Annual administration report of the Civil Veterinary Department of India - 1895-1896
Year: 1895
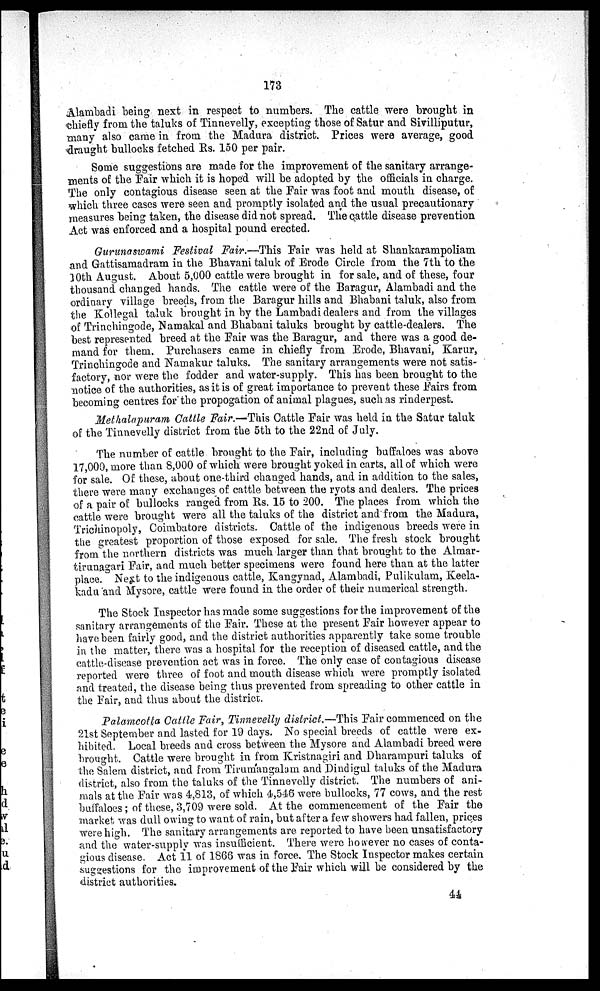
173
Alambadi being next in respect to numbers. The cattle were brought in
chiefly from the taluks of Tinnevelly, excepting those of Satur and Sivilliputur,
many also came in from the Madura district. Prices were average, good
draught bullocks fetched Rs. 150 per pair.
Some suggestions are made for the improvement of the sanitary arrange-
ments of the Fair which it is hoped will be adopted by the officials in charge.
The only contagious disease seen at the Fair was foot and mouth disease, of
which three cases were seen and promptly isolated and the usual precautionary
measures being taken, the disease did not spread. The cattle disease prevention
Act was enforced and a hospital pound erected.
Gurunaswami Festival Fair.—This Pair was held at Shankarampoliam
and Gattisamadram in the Bhavani taluk of Erode Circle from the 7th to the
30th August. About 5,000 cattle were brought in for sale, and of these, four
thousand changed hands. The cattle were of the Baragur, Alambadi and the
ordinary village breeds, from the Baragur hills and Bhabani taluk, also from
the Kollegal taluk brought in by the Lambadi dealers and from the villages
of Trinchingode, Namakal and Bhabani taluks brought by cattle-dealers. The
best represented breed at the Pair was the Baragur, and there was a good de-
mand for them. Purchasers came in chiefly from Erode, Bhavani, Karur,
Trinchingode and Namakur taluks. The sanitary arrangements were not satis-
factory, nor were the fodder and water-supply. This has been brought to the
notice of the authorities, as it is of great importance to prevent these Pairs from
becoming centres for the propogation of animal plagues, such as rinderpest.
Methalapuram Cattle Fair.—This Cattle Pair was held in the Satur taluk
of the Tinnevelly district from the 5th to the 22nd of July.
The number of cattle brought to the Pair, including buffaloes was above
17,000, more than 8,000 of which were brought yoked in carts, all of which were
for sale. Of these, about one-third changed hands, and in addition to the sales,
there were many exchanges of cattle between the ryots and dealers. The prices
of a pair of bullocks ranged from Rs. 15 to 200. The places from which the
cattle were brought were all the taluks of the district and from the Madura,
Trichinopoly, Coimbatore districts. Cattle of the indigenous breeds were in
the greatest proportion of those exposed for sale. The fresh stock brought
from the northern districts was much larger than that brought to the Almar-
tirunagari Pair, and much better specimens were found here than at the latter
place. Next to the indigenous cattle, Kangynad, Alambadi, Pulikulam, Keela-
kadu and Mysore, cattle were found in the order of their numerical strength.
The Stock Inspector has made some suggestions for the improvement of the
sanitary arrangements of the Pair. These at the present Fair however appear to
have been fairly good, and the district authorities apparently take some trouble
in the matter, there was a hospital for the reception of diseased cattle, and the
cattle-disease prevention act was in force. The only case of contagious disease
reported were three of foot and mouth disease which were promptly isolated
and treated, the disease being thus prevented from spreading to other cattle in
the Fair, and thus about the district.
Palamcotta Cattle Fair, Tinnevelly district.—This Pair commenced on the
21st September and lasted for 19 days. No special breeds of cattle were ex-
hibited. Local breeds and cross between the Mysore and Alambadi breed were
brought. Cattle were brought in from Kristnagiri and Dharampuri taluks of
the Salem district, and from Tirumangalam and Dindigul taluks of the Madura
district, also from the taluks of the Tinnevelly district. The numbers of ani-
mals at the Pair was 4,813, of which 4,546 were bullocks, 77 cows, and the rest
buffaloes; of these, 3,709 were sold. At the commencement of the Pair the
market was dull owing to want of rain, but after a few showers had fallen, prices
were high. The sanitary arrangements are reported to have been unsatisfactory
and the water-supply was insufficient. There were however no cases of conta-
gious disease. Act 11 of 1866 was in force. The Stock Inspector makes certain
suggestions for the improvement of the Pair which will be considered by the
district authorities.
44